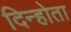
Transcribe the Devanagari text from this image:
दिन्होता